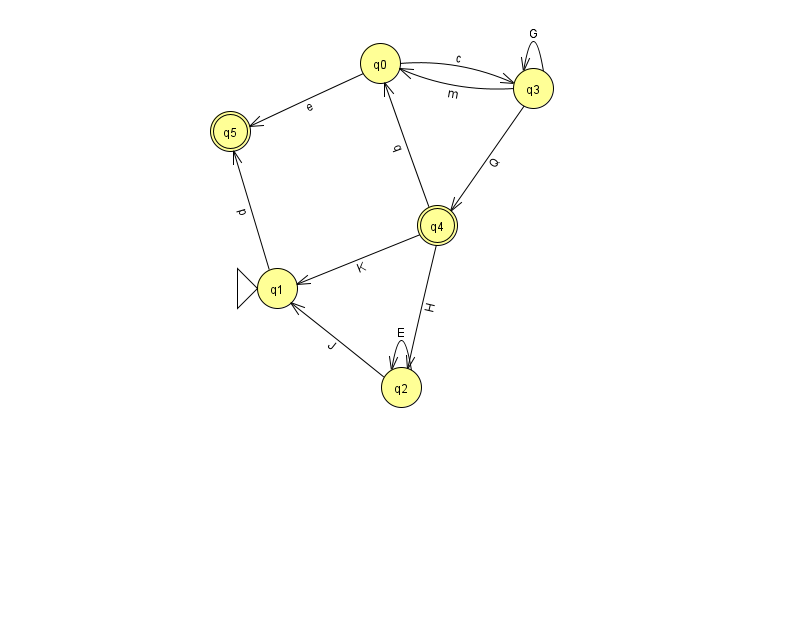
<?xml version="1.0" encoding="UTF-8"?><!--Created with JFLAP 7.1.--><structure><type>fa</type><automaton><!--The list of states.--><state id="0" name="q0"><x>380.0</x><y>50.0</y></state><state id="1" name="q1"><x>277.0</x><y>275.0</y><initial/></state><state id="2" name="q2"><x>401.0</x><y>374.0</y></state><state id="3" name="q3"><x>533.0</x><y>75.0</y></state><state id="4" name="q4"><x>437.0</x><y>212.0</y><final/></state><state id="5" name="q5"><x>230.0</x><y>118.0</y><final/></state><!--The list of transitions.--><transition><from>3</from><to>0</to><read>m</read></transition><transition><from>1</from><to>5</to><read>p</read></transition><transition><from>2</from><to>2</to><read>E</read></transition><transition><from>3</from><to>3</to><read>G</read></transition><transition><from>3</from><to>4</to><read>Q</read></transition><transition><from>0</from><to>5</to><read>e</read></transition><transition><from>2</from><to>1</to><read>J</read></transition><transition><from>4</from><to>0</to><read>q</read></transition><transition><from>4</from><to>1</to><read>K</read></transition><transition><from>4</from><to>2</to><read>H</read></transition><transition><from>0</from><to>3</to><read>c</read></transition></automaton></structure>